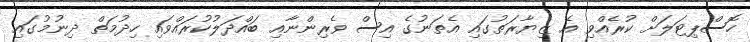
ހޮސްޕިޓަލަށް ކުރެއްވި އެ ޒިޔާރަތުގައި އެތަނުގެ އިސް ވެރިންނާއި ބައްދަލުކުރައްވައި ހިދުމަތް ދިނުމުގައި